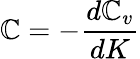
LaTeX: \mathbb{C}=-{\frac{{d\mathbb{C}_{v}}}{{dK}}}